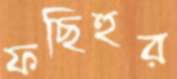
ফছিহুর